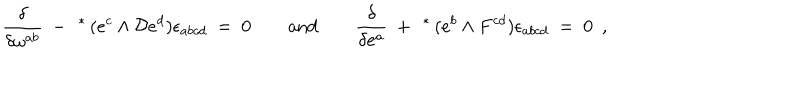
\frac { \delta } { \delta \omega ^ { a b } } ~ - ~ \, { ^ * { \hspace { - 1 . 5 p t } } } \, ( e ^ { c } \wedge { \cal D } e ^ { d } ) \epsilon _ { a b c d } { } ~ = ~ 0 \qquad \mathrm { a n d } \qquad \frac { \delta } { \delta e ^ { a } } ~ + ~ \, { ^ * { \hspace { - 1 . 5 p t } } } \, ( e ^ { b } \wedge { } F ^ { c d } ) \epsilon _ { a b c d } ~ = ~ 0 \ \ ,